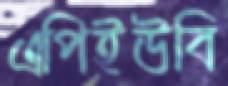
এপিইউবি